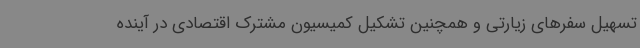
تسهیل سفرهای زیارتی و همچنین تشکیل کمیسیون مشترک اقتصادی در آینده